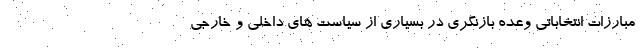
مبارزات انتخاباتی وعده بازنگری در بسیاری از سیاست های داخلی و خارجی